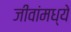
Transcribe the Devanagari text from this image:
जीवांमध्ये